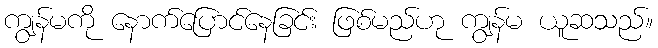
ကျွန်မကို နောက်ပြောင်နေခြင်း ဖြစ်မည်ဟု ကျွန်မ ယူဆသည်။